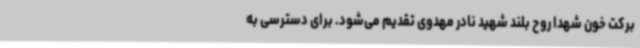
برکت خون شهدا روح بلند شهید نادر مهدوی تقدیم می‌شود. برای دسترسی به